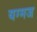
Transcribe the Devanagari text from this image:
यग्मज